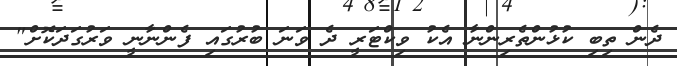
ދެން ތިބި ކުޅުންތެރިންނާ އެކު ވިކްޓަރީ ދެ ވަނަ ބުރުގައި ފެންނާނީ ވަރުގަދަކޮށް"